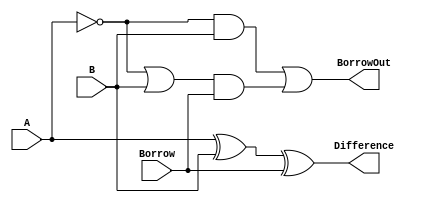
module FullSubtractor (
    input A,
    input B,
    input Borrow,
    output Difference,
    output BorrowOut
);

assign Difference = A ^ B ^ Borrow;
assign BorrowOut = (~A & B) | ((~A | B) & Borrow);

endmodule